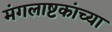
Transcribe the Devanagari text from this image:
मंगलाष्टकांच्या